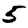
Digit: 5